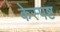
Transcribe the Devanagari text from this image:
केस्पष्ट